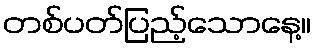
တစ်ပတ်ပြည့်သောနေ့။